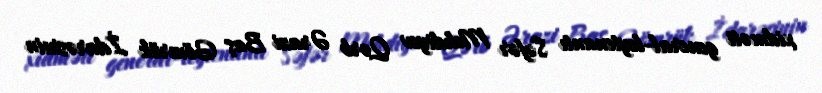
xidməti general-leytenantı Səfər Mehdiyev Qərb Ərazi Baş Gömrük İdarəsinin